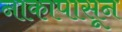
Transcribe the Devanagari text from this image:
नाकापासून